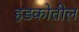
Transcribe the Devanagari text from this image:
हडकोतील